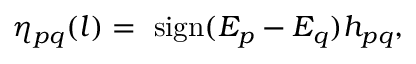
\eta _ { p q } ( l ) = \mathrm { ~ s i g n } ( E _ { p } - E _ { q } ) h _ { p q } ,